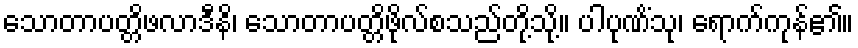
သောတာပတ္တိဖလာဒီနိ၊ သောတာပတ္တိဖိုလ်စသည်တို့သို့။ ပါပုဏိံသု၊ ရောက်ကုန်၏။